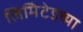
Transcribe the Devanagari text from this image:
लिमिेटेडच्या